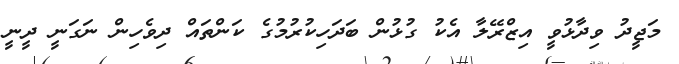
މަޖީދު ވިދާޅުވީ އިޒްރޭލާ އެކު ގުޅުން ބަދަހިކުރުމުގެ ކަންތައް ދިވެހިން ނަގަނީ ދީނީ